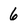
Character: 6